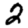
Digit: 2